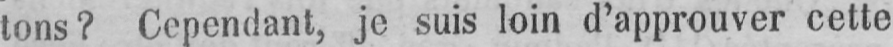
tons? Cependant, je suis loin d’approuver cette